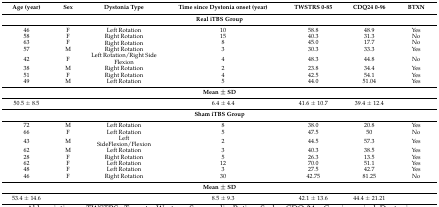
| Age (year) | Sex | Dystonia Type | Time since Dystonia onset (year) | TWSTRS 0-85 | CDQ24 0-96 | BTXN |
 | --- | --- | --- | --- | --- | --- | --- |
 | <COLSPAN=7> Real iTBS Group |
 | 46 | F | Left Rotation | 10 | 58.8 | 48.9 | Yes |
 | 58 | F | Right Rotation | 15 | 40.3 | 31.3 | No |
 | 63 | F | Right Rotation | 8 | 45.0 | 17.7 | No |
 | 57 | M | Right Rotation | 3 | 30.3 | 33.3 | Yes |
 | 42 | F | Left Rotation/Right Side Flexion | 4 | 48.3 | 44.8 | No |
 | 38 | M | Right Rotation | 2 | 23.8 | 34.4 | Yes |
 | 51 | F | Right Rotation | 4 | 42.5 | 54.1 | Yes |
 | 49 | M | Left Rotation | 5 | 44.0 | 51.04 | Yes |
 | <COLSPAN=7> Mean ± SD |
 | 50.5 ± 8.5 |  |  | 6.4 ± 4.4 | 41.6 ± 10.7 | 39.4 ± 12.4 |  |
 | <COLSPAN=7> Sham iTBS Group |
 | 72 | M | Left Rotation | 8 | 38.0 | 20.8 | Yes |
 | 66 | F | Left Rotation | 5 | 47.5 | 50 | No |
 | 43 | M | Left SideFlexion/Flexion | 2 | 44.5 | 57.3 | Yes |
 | 62 | M | Left Rotation | 3 | 40.3 | 38.5 | Yes |
 | 28 | F | Right Rotation | 5 | 26.3 | 13.5 | Yes |
 | 62 | F | Left Rotation | 12 | 70.0 | 51.1 | Yes |
 | 48 | F | Left Rotation | 3 | 27.5 | 42.7 | Yes |
 | 46 | F | Right Rotation | 30 | 42.75 | 81.25 | No |
 | <COLSPAN=7> Mean ± SD |
 | 53.4 ± 14.6 |  |  | 8.5 ± 9.3 | 42.1 ± 13.6 | 44.4 ± 21.21 |  |